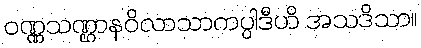
ဝဏ္ဏသဏ္ဌာနဝိလာသာကပ္ပါဒီဟိ အသဒိသာ။